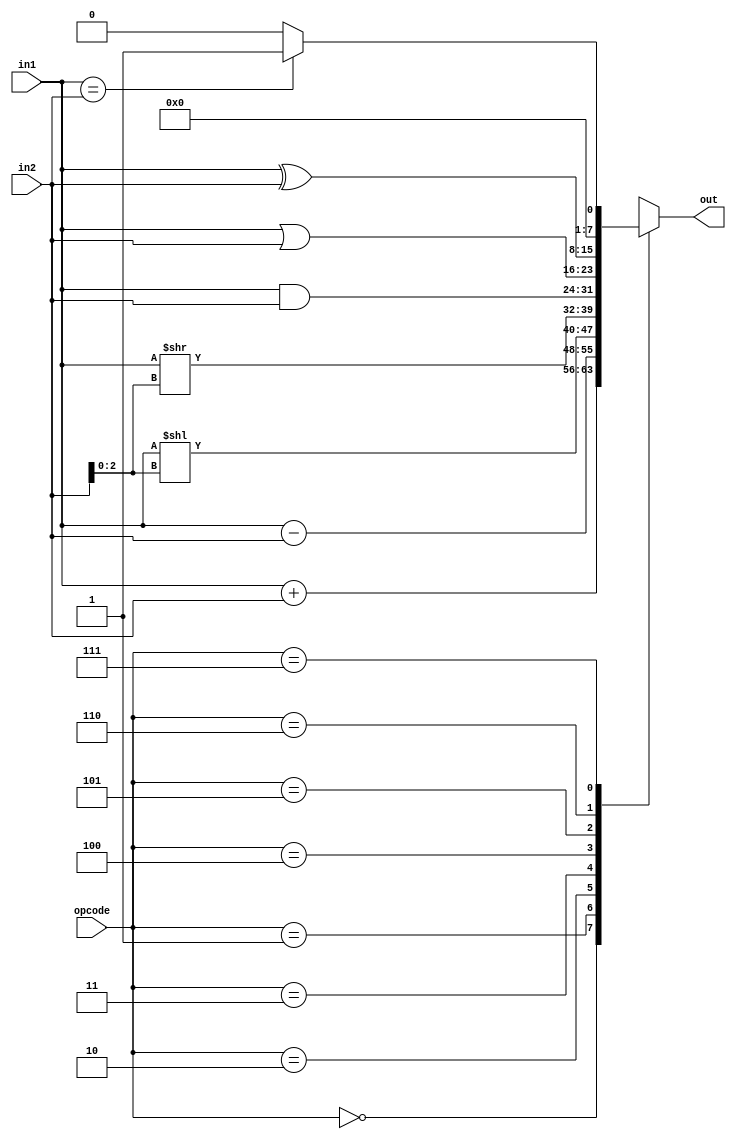
/*
Design and verify a 8-bit ALU which supports the following encoded operations:

Encoding	Operation	Comment
3'b000	    ADD	        -
3'b001	    SUB	        -
3'b010	    SLL	        Vector a should left shift using bits 2:0 of vector b
3'b011	    LSR	        Vector a should right shift using bits 2:0 of vector b
3'b100	    AND	        -
3'b101	    OR	        -
3'b110	    XOR	        -
3'b111	    EQL	        Output should be 1 when equal otherwise 0
*/

module day4 (
    input [7:0] in1, in2,
    input [2:0] opcode,
    output reg [7:0] out
);
    
    parameter ADD = 3'b000;
    parameter SUB = 3'b001;
    parameter SLL = 3'b010;
    parameter LSR = 3'b011;
    parameter AND = 3'b100;
    parameter OR = 3'b101;
    parameter XOR = 3'b110;
    parameter EQL = 3'b111;

    always @(*) begin
        case (opcode)
            ADD: out = in1 + in2;
            SUB: out = in1 - in2;
            SLL: out = in1[7:0] << in2[2:0];
            LSR: out = in1[7:0] >> in2[2:0];
            AND: out = in1 & in2;
            OR: out = in1 | in2;
            XOR: out = in1 ^ in2;
            EQL: out = (in1 == in2) ? 1 : 0;
        endcase
    end

endmodule